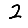
Digit: 2